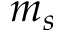
m _ { s }